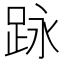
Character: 𮛕